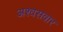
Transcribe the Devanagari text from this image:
अश्वसवार